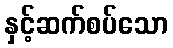
နှင့်ဆက်စပ်သော